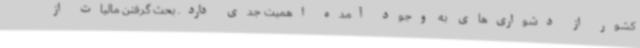
کشور از دشواری‌های به وجود آمده اهمیت جدی دارد. بحث گرفتن مالیات از